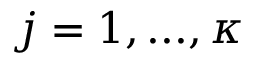
j = 1 , . . . , \kappa